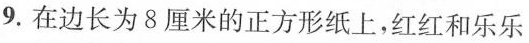
9.在边长为8厘米的正方形纸上，红红和乐乐